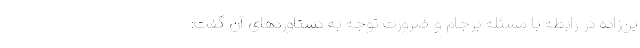
ین‌زاده در رابطه با مسئله برجام و ضرورت توجه به دستاوردهای آن گفت: